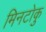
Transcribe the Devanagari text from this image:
मिनटोकु